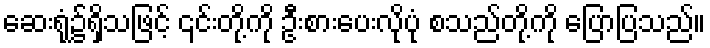
ဆေးရုံ၌ရှိသဖြင့် ၎င်းတို့ကို ဦးစားပေးလိုပုံ စသည်တို့ကို ပြောပြသည်။